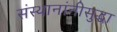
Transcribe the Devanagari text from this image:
संस्थानांनीसुद्धा